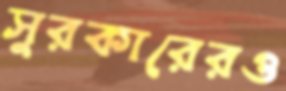
সুরকারেরও